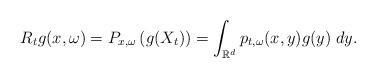
LaTeX: \begin{align*}R_tg(x,\omega)=P_{x,\omega}\left(g(X_t)\right)=\int_{\mathbb{R}^d}p_{t,\omega}(x,y)g(y)\;dy.\end{align*}